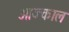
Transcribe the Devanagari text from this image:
आज्काल